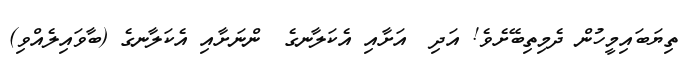
ތިޔަބައިމީހުން ދެމިތިބޭށެވެ! އަދި  އަށާއި އެކަލާނގެ  ންނަށާއި އެކަލާނގެ (ބާވައިލެއްވި)